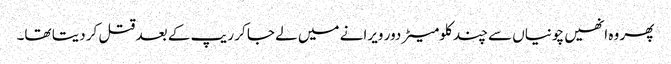
پھر وہ انھیں چونیاں سے چند کلومیٹر دور ویرانے میں لے جا کر ریپ کے بعد قتل کر دیتا تھا۔